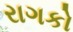
રાગકો